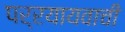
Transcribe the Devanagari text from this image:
पर्रयायवाची